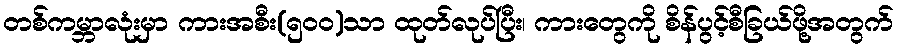
တစ်ကမ္ဘာလုံးမှာ ကားအစီး(၅၀၀)သာ ထုတ်လုပ်ပြီး၊ ကားတွေကို စိန်ပွင့်စီခြယ်ဖို့အတွက်